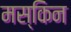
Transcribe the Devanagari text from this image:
मस्किन